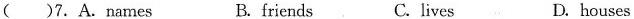
( )7.A.Names B. friends C. lives D. houses